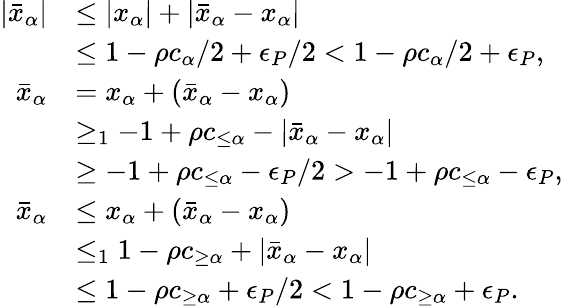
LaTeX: \begin{array}{rl}{|\bar{x}_{\alpha}|}&{\leq|x_{\alpha}|+|\bar{x}_{\alpha}-x_{\alpha}|}\\ &{\leq 1-\rho c_{\alpha}/2+\epsilon_{P}/2<1-\rho c_{\alpha}/2+\epsilon_{P},}\\ {\bar{x}_{\alpha}}&{=x_{\alpha}+(\bar{x}_{\alpha}-x_{\alpha})}\\ &{\geq_{1}-1+\rho c_{\leq\alpha}-|\bar{x}_{\alpha}-x_{\alpha}|}\\ &{\geq-1+\rho c_{\leq\alpha}-\epsilon_{P}/2>-1+\rho c_{\leq\alpha}-\epsilon_{P},}\\ {\bar{x}_{\alpha}}&{\leq x_{\alpha}+(\bar{x}_{\alpha}-x_{\alpha})}\\ &{\leq_{1}1-\rho c_{\geq\alpha}+|\bar{x}_{\alpha}-x_{\alpha}|}\\ &{\leq 1-\rho c_{\geq\alpha}+\epsilon_{P}/2<1-\rho c_{\geq\alpha}+\epsilon_{P}.}\end{array}